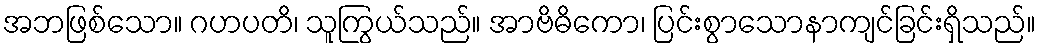
အဘဖြစ်သော။ ဂဟပတိ၊ သူကြွယ်သည်။ အာဗိဓိကော၊ ပြင်းစွာသောနာကျင်ခြင်းရှိသည်။